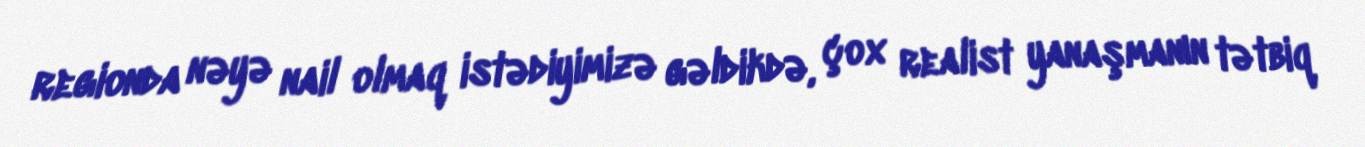
regionda nəyə nail olmaq istədiyimizə gəldikdə, çox realist yanaşmanın tətbiq